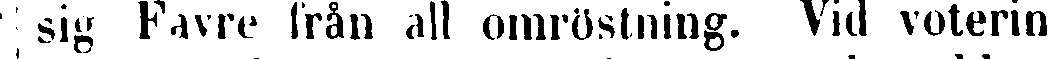
sig Favre från all omröstning. Vid voterin